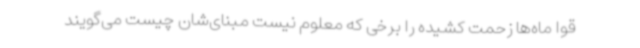
قوا ماه‌ها زحمت کشیده را برخی که معلوم نیست مبنای‌شان چیست می‌گویند